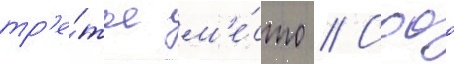
тр'е́тье м'е́сто // Сооо